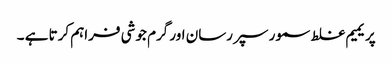
پریمیم غلط سمور سپر رسان اور گرم جوشی فراہم کرتا ہے ۔